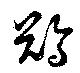
鵒